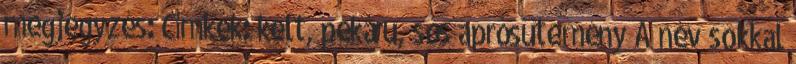
megjegyzés: Címkék: kelt, pékáru, sós aprósütemény A név sokkal